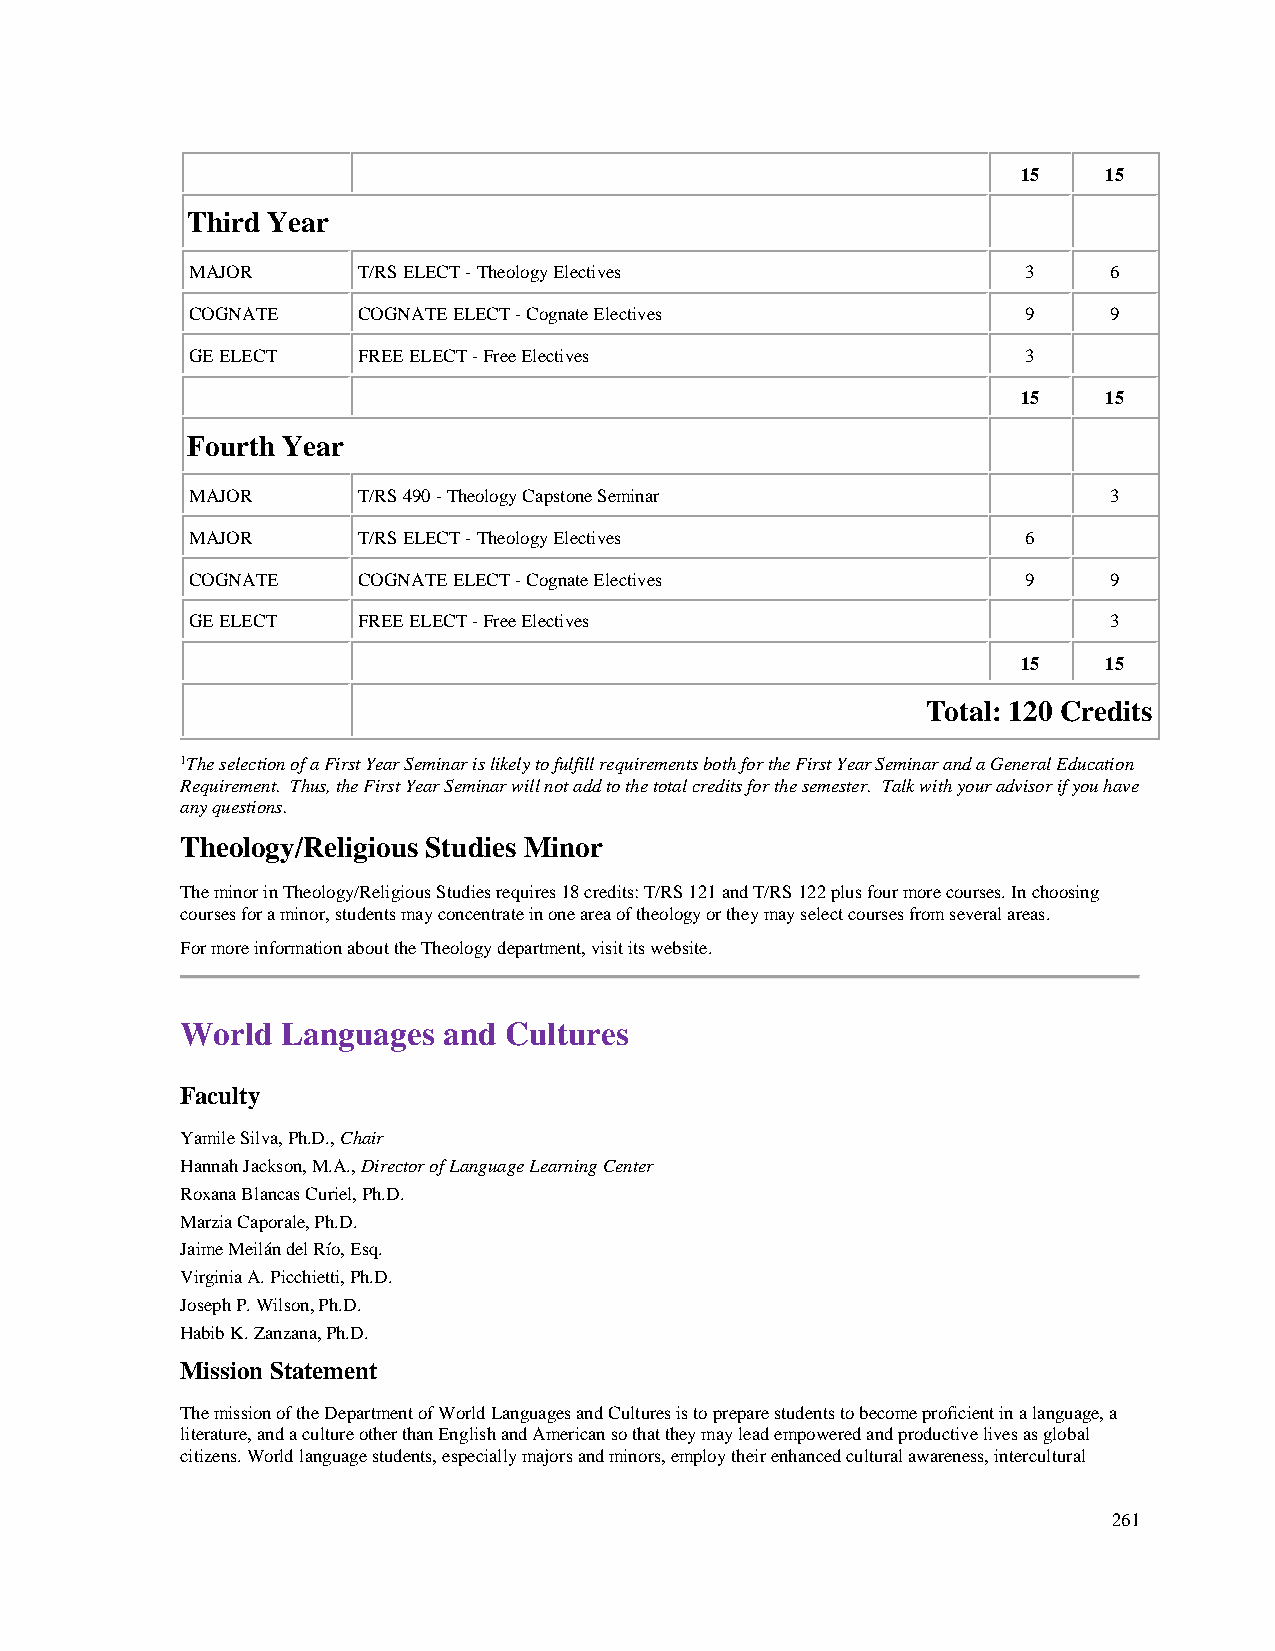
15   15
 Third Year
 MAJOR      T/RS ELECT - Theology Electives             3     6
 COGNATE    COGNATE ELECT - Cognate Electives           9     9
 GE ELECT   FREE ELECT - Free Electives                 3
 15   15
 Fourth Year
 MAJOR      T/RS 490 - Theology Capstone Seminar              3
 MAJOR      T/RS ELECT - Theology Electives             6
 COGNATE    COGNATE ELECT - Cognate Electives           9     9
 GE ELECT   FREE ELECT - Free Electives                       3
 15   15
 Total: 120 Credits
 1The selection of a First Year Seminar is likely to fulfill requirements both for the First Year Seminar and a General Education
 Requirement. Thus, the First Year Seminar will not add to the total credits for the semester. Talk with your advisor if you have
 any questions.
 Theology/Religious Studies Minor
 The minor in Theology/Religious Studies requires 18 credits: T/RS 121 and T/RS 122 plus four more courses. In choosing
 courses for a minor, students may concentrate in one area of theology or they may select courses from several areas.
 For more information about the Theology department, visit its website.
 World  Languages and Cultures
 Faculty
 Yamile Silva, Ph.D., Chair
 Hannah Jackson, M.A., Director of Language Learning Center
 Roxana Blancas Curiel, Ph.D.
 Marzia Caporale, Ph.D.
 Jaime Meilán del Río, Esq.
 Virginia A. Picchietti, Ph.D.
 Joseph P. Wilson, Ph.D.
 Habib K. Zanzana, Ph.D.
 Mission Statement
 The mission of the Department of World Languages and Cultures is to prepare students to become proficient in a language, a
 literature, and a culture other than English and American so that they may lead empowered and productive lives as global
 citizens. World language students, especially majors and minors, employ their enhanced cultural awareness, intercultural
 261